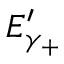
E _ { \gamma _ { + } } ^ { \prime }